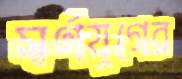
স্বর্ণযুগের